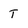
Character: T